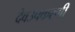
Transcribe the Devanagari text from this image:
देवउपकरणी